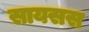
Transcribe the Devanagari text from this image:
सायसस